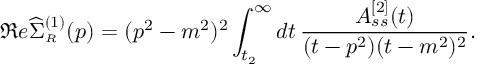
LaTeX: \Re e \widehat { \Sigma } _ { \scriptscriptstyle R } ^ { ( 1 ) } ( p ) = ( p ^ { 2 } - m ^ { 2 } ) ^ { 2 } \int _ { t _ { 2 } } ^ { \infty } d t \, \frac { A _ { s s } ^ { [ 2 ] } ( t ) } { { ( t - p ^ { 2 } ) } ( t - m ^ { 2 } ) ^ { 2 } } .